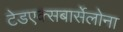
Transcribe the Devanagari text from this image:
टेडएक्सबार्सेलोना